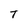
Character: T